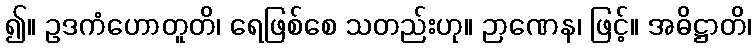
၍။ ဥဒကံဟောတူတိ၊ ရေဖြစ်စေ သတည်းဟု။ ဉာဏေန၊ ဖြင့်။ အဓိဋ္ဌာတိ၊